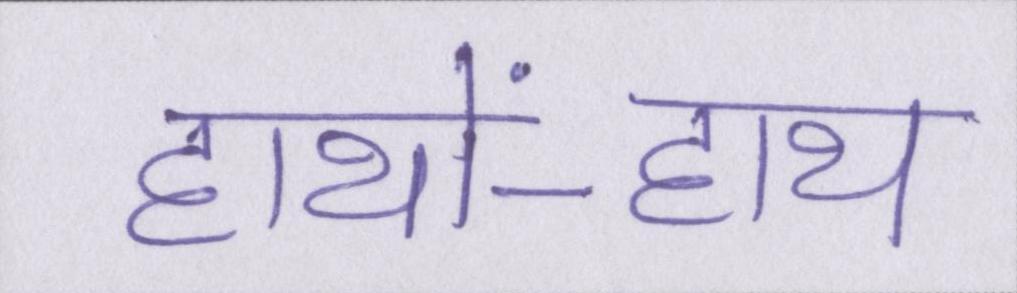
हाथों-हाथ